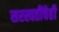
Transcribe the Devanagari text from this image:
सरस्वतींचेही